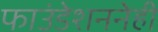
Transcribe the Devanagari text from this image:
फाउंडेशननेही